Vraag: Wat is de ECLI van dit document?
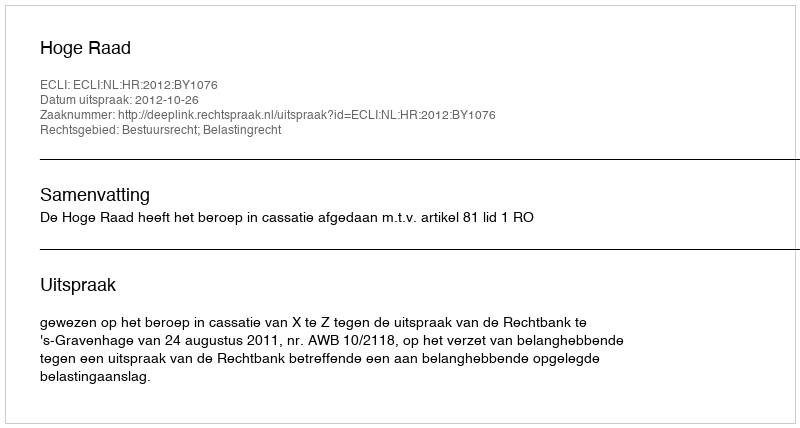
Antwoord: ECLI:NL:HR:2012:BY1076